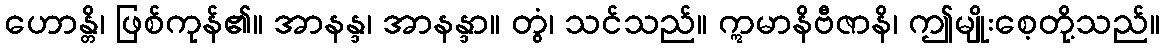
ဟောန္တိ၊ ဖြစ်ကုန်၏။ အာနန္ဒ၊ အာနန္ဒာ။ တွံ၊ သင်သည်။ ဣမာနိဗီဇာနိ၊ ဤမျိုးစေ့တို့သည်။